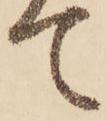
て